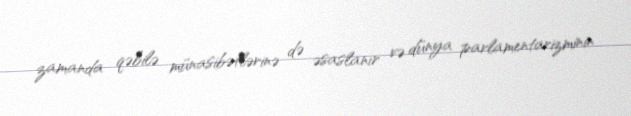
zamanda qəbilə münasibətlərinə də əsaslanır və dünya parlamentarizminin